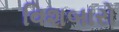
વિશબારો